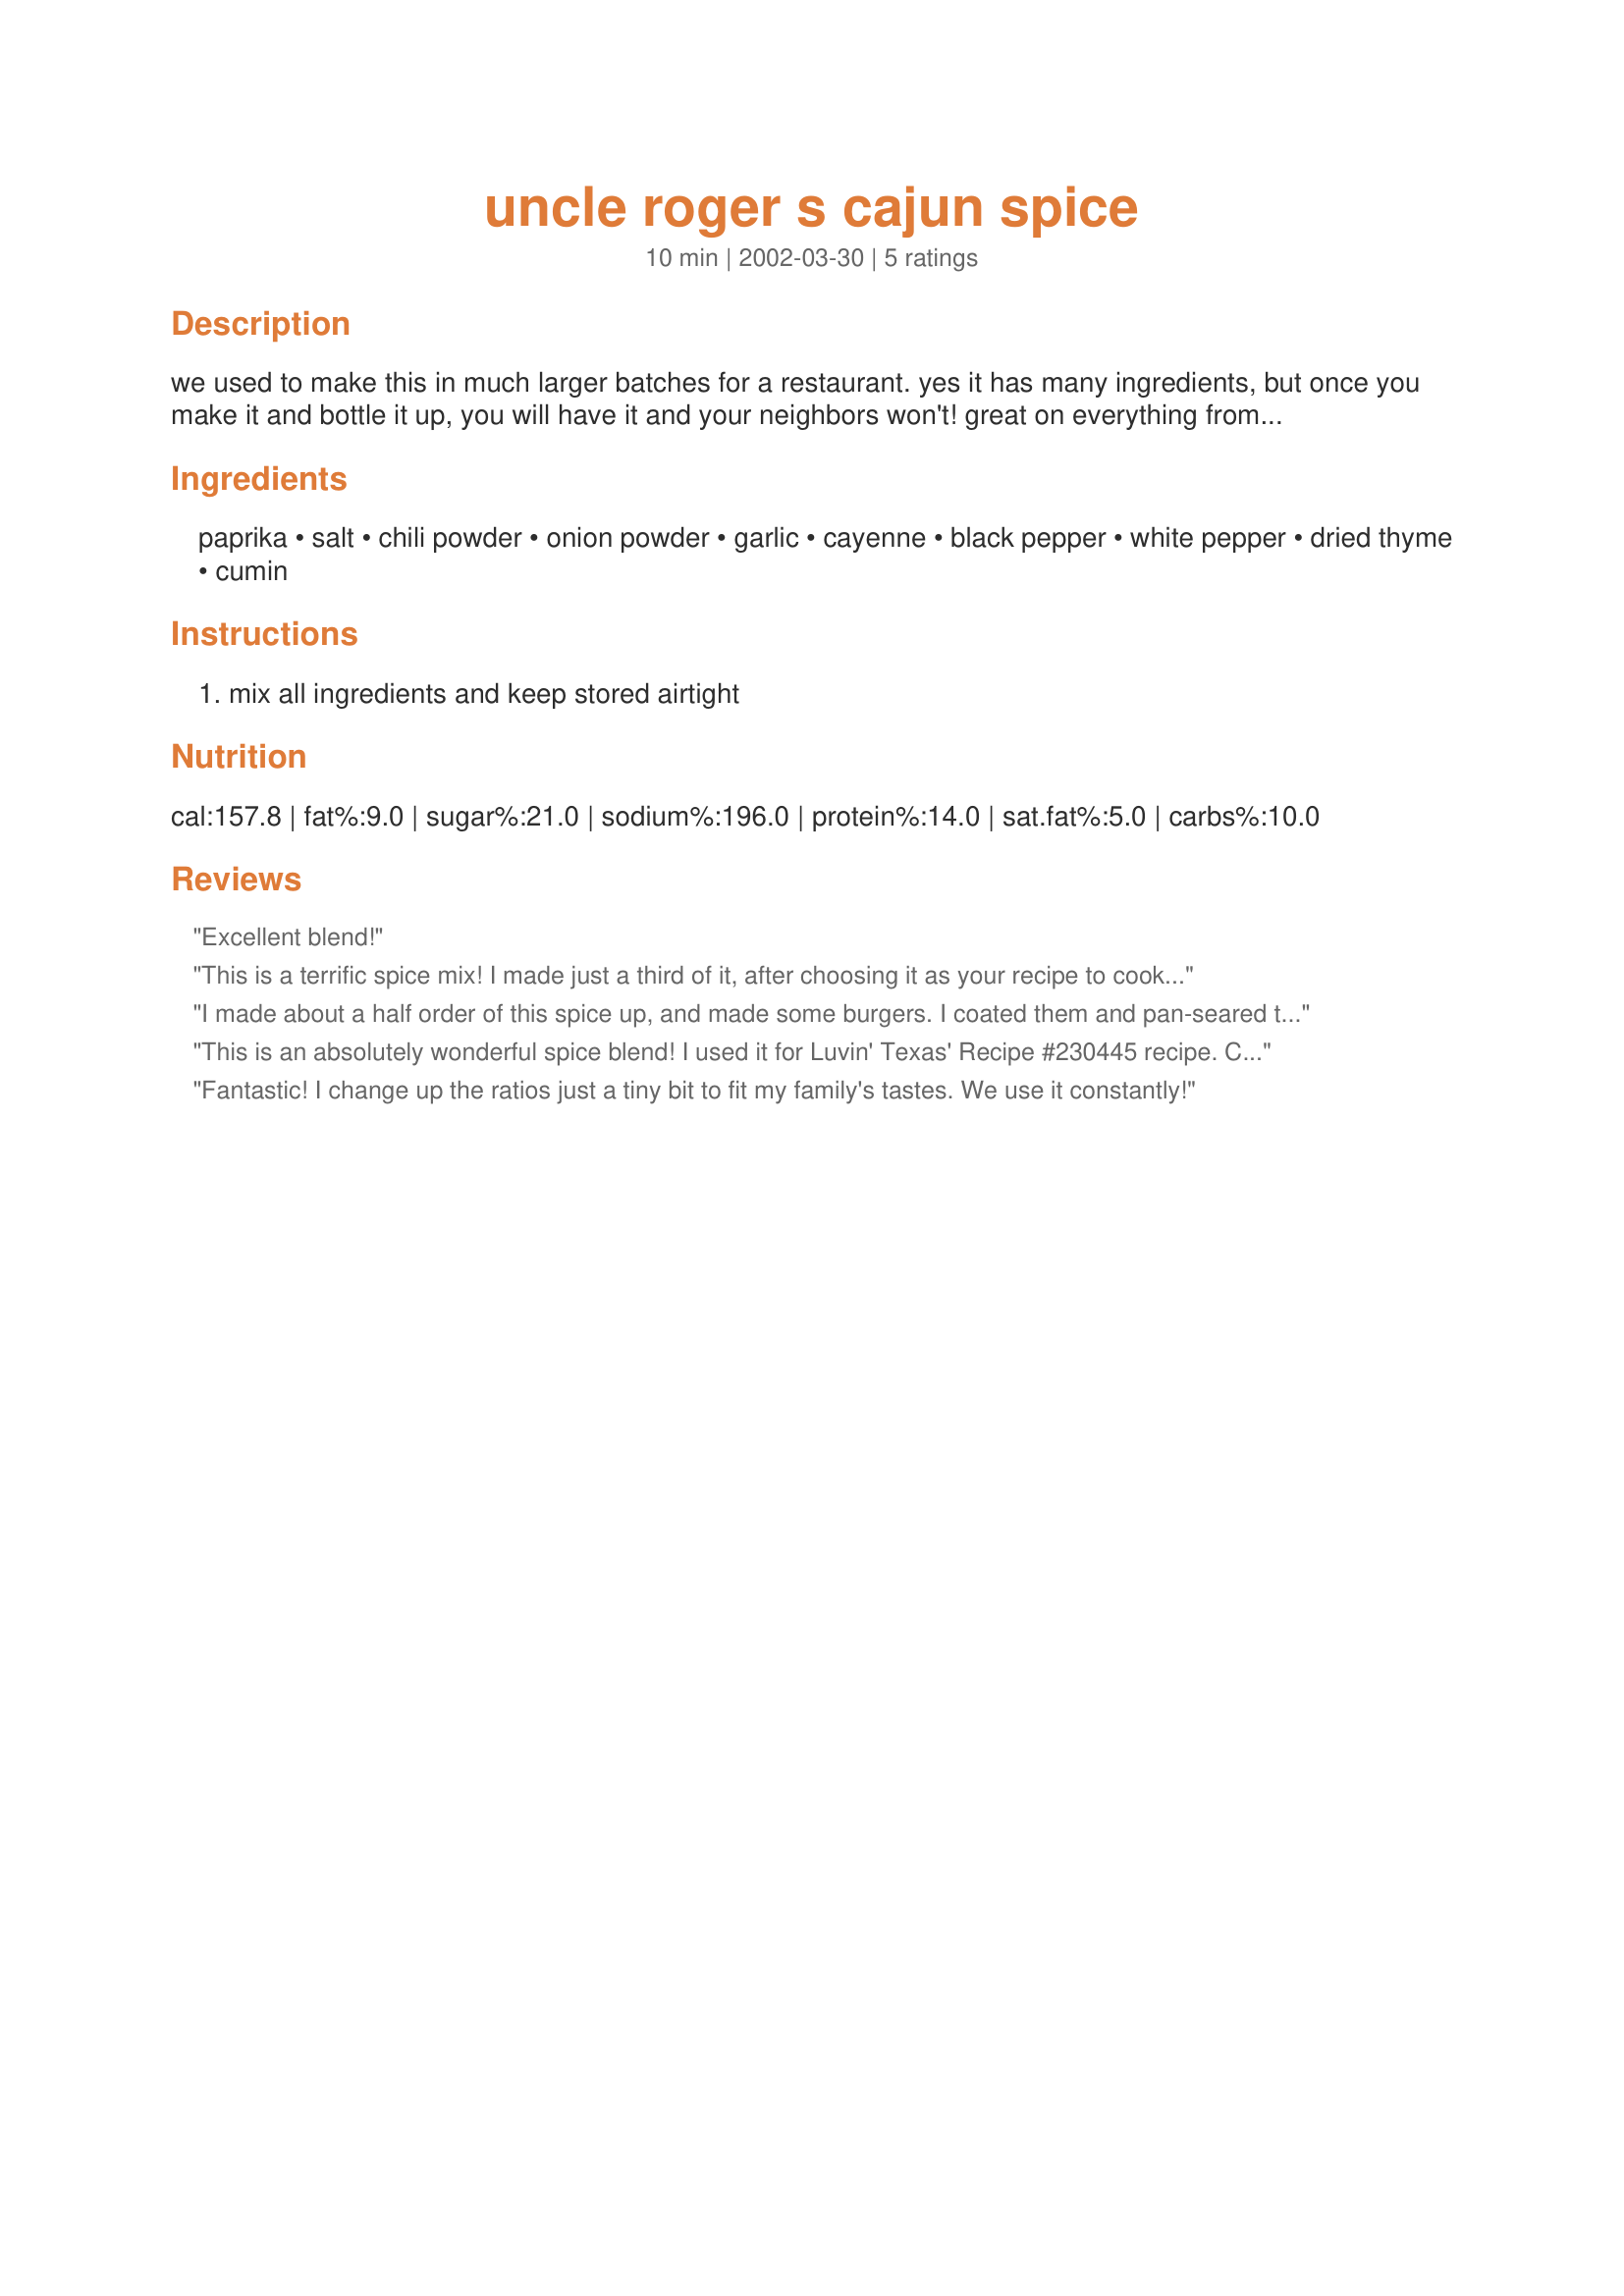
uncle roger s cajun spice
Preparation time: 10 minutes

we used to make this in much larger batches for a restaurant. yes it has many ingredients, but once you make it and bottle it up, you will have it and your neighbors won't! great on everything from ribs and chops, to burgers and seafood.

Ingredients:
paprika, salt, chili powder, onion powder, garlic, cayenne, black pepper, white pepper, dried thyme, cumin

Steps:
mix all ingredients and keep stored airtight

Reviews:
Excellent blend!
This is a terrific spice mix! I made just a third of it, after choosing it as your recipe to cook after you won the football pool! But ... I will be making the FULL batch soon to include spice bottles of it in some xmas "foodie" gift baskets I'm going to make up. I've used it twice so far -- added it to a blah sauce (it really perked it up, I was very pleased) and sprinkled it on some cubed skinless boneless chicken breasts before cooking them up. Both times the results were very flavourful. Keep those good recipes coming!
I made about a half order of this spice up, and made some burgers. I coated them and pan-seared them until they were done. The burgers were delicious! They had a spicy little kick and tasted like burgers you'd order from a restaurant. I still have plenty of spice left even having made half an order so I have plans to use some more on chicken breast, I'll have to let you know how that turns out. Congrats on winning the football pool! And thanks for posting such a great recipe!
This is an absolutely wonderful spice blend! I used it for Luvin' Texas' Recipe #230445 recipe. Cannot wait to try it on chicken and seafood! I made the whole batch, turned out to be a very handy spice mix! Thank you, Chef Blade, for sharing this wonderful recipe!
Fantastic! I change up the ratios just a tiny bit to fit my family's tastes. We use it constantly!
